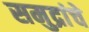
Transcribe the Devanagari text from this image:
समुद्रांचे